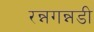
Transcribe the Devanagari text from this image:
रन्नगन्नडी